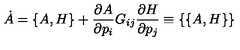
\dot { A } = \{ A , H \} + { \frac { \partial A } { \partial p _ { i } } } G _ { i j } { \frac { \partial H } { \partial p _ { j } } } \equiv \{ \{ A , H \} \}